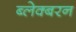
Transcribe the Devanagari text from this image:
ब्लेक्बरन